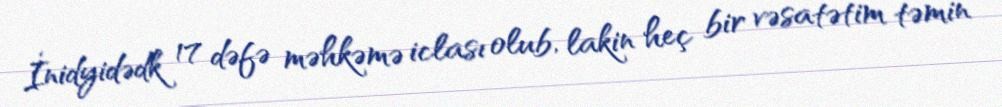
İnidyidədk 17 dəfə məhkəmə iclası olub, lakin heç bir vəsatətim təmin